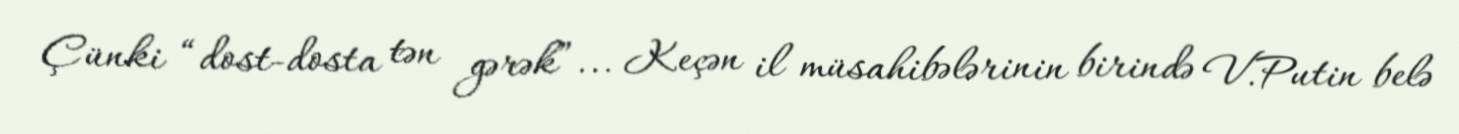
Çünki “dost-dosta tən gərək”... Keçən il müsahibələrinin birində V.Putin belə